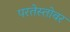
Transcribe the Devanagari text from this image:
परतेस्तोवर